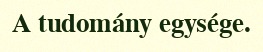
A tudomány egysége.